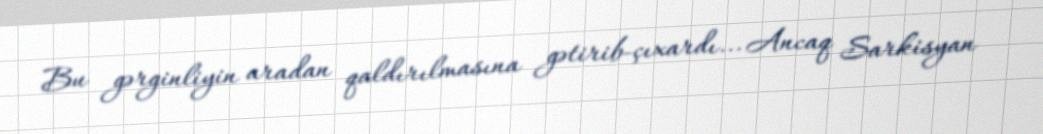
Bu gərginliyin aradan qaldırılmasına gətirib-çıxardı... Ancaq Sarkisyan